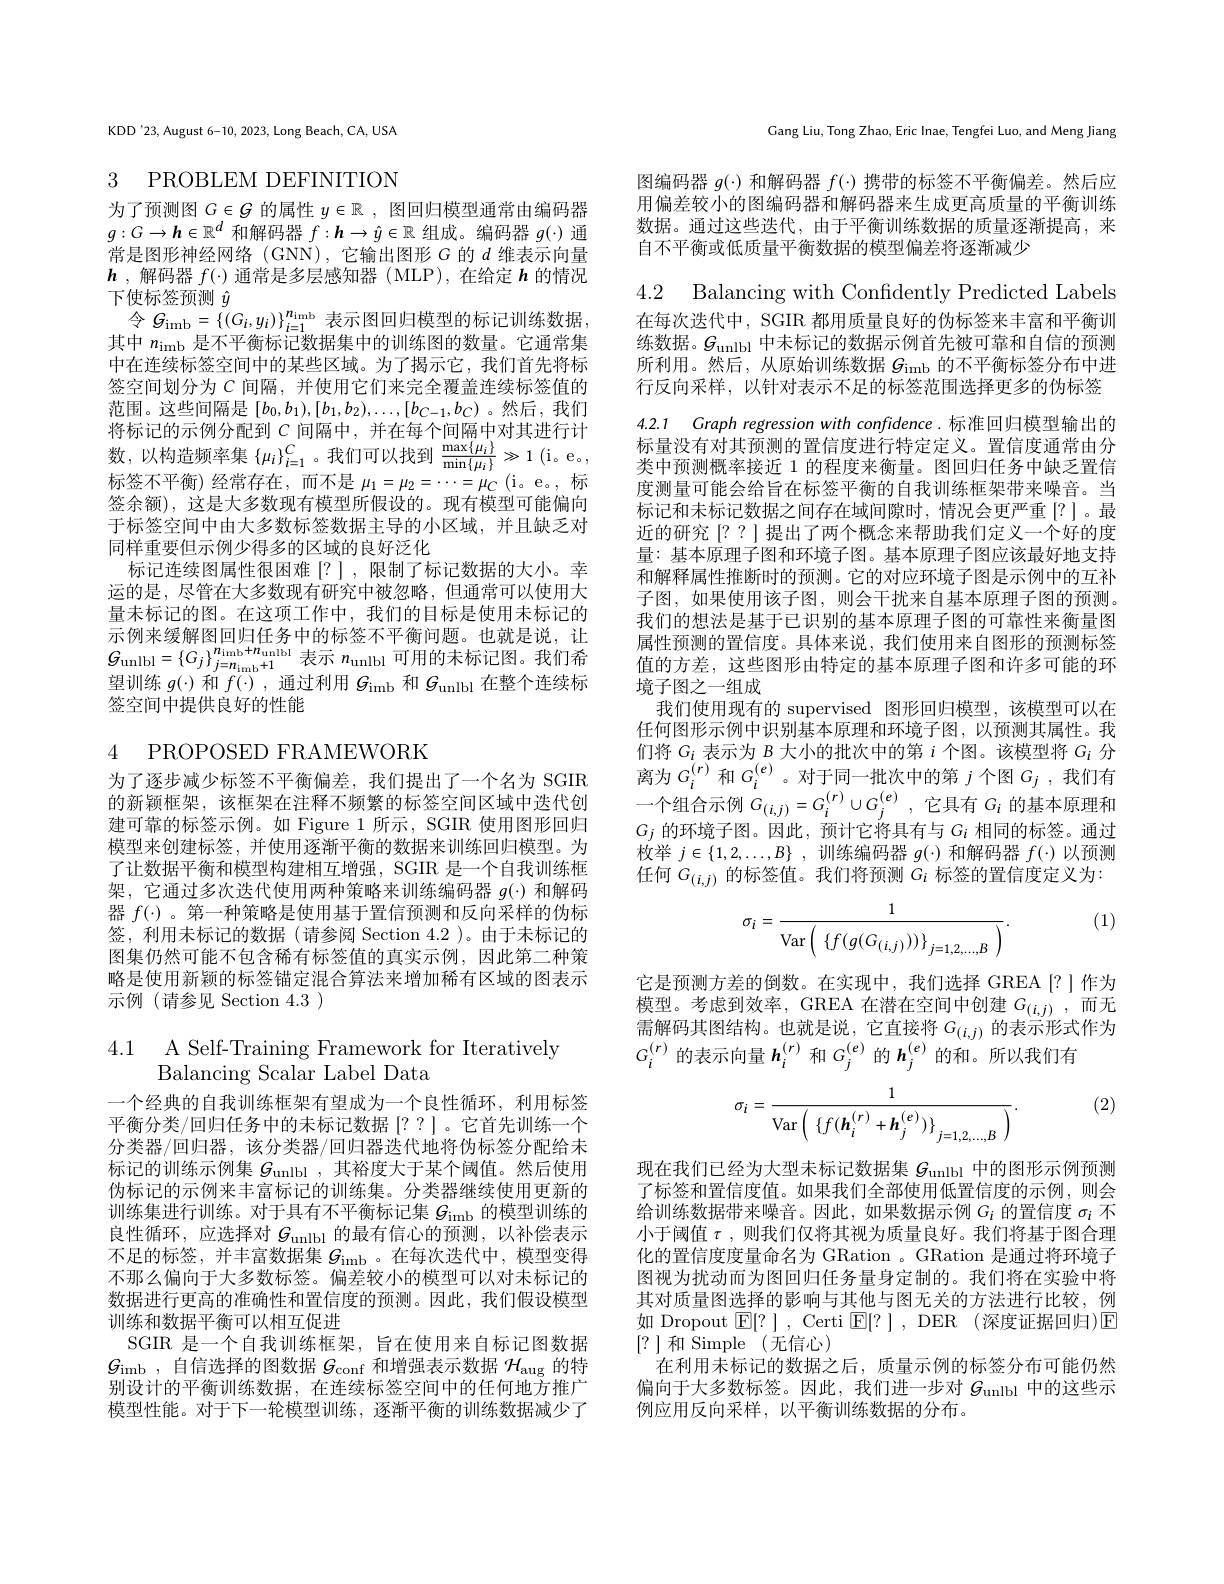
KDD'23, August 6-10, 2023, Long Beach, CA, USA

# 3 PROBLEM DEFINITION

为了预测图$G\in\mathcal{G}$的属性$y\in\mathbb{R}$ , 图回归模型通常由编码器$g:G\to\boldsymbol{h}\in\mathbb{R}^d$和解码器$f:\boldsymbol{h}\to\hat{y}\in\mathbb{R}$组成。编码器$g(\cdot)$通常是图形神经网络 (GNN),它输出图形$G$的$d$维表示向量$\boldsymbol{h}$ ,解码器$f(\cdot)$通常是多层感知器 (MLP),在给定$\boldsymbol{h}$的情况下使标签预测$\hat{y}$
$令$ $G_{\mathrm{imb}}= \{ ( G_{i}, y_{i}) \} _{i= 1}^{n_{\mathrm{imb}}}$表示图回归模型的标记训练数据， 其中$n_\mathrm{imb}$是不平衡标记数据集中的训练图的数量。它通常集中在连续标签空间中的某些区域。为了揭示它，我们首先将标签空间划分为$C$ 间隔，并使用它们来完全覆盖连续标签值的范围。这些间隔是$[b_0,b_1),[b_1,b_2),\ldots,[b_{C-1},b_C)$ 。然后，我们将 标 记 的 示 例 分 配 到 $C$ 间 隔 中 , 并 在 每 个 间 隔 中 对 其 进 行 计 数 , 以 构 造 频 率 集 $\{ \mu _{i}\} _{i= 1}^{C}$。我 们 可 以 找 到 $\frac {\max \{ \mu _{i}\} }{\min \{ \mu _{i}\} }\gg 1$ ( i。$e_{\circ }$, 标 答 不 平 衡 ) 经 党 左 在 而 不 是 $u_{1}= u_{0}= \ldots = u_{0}$ ( i- $e_{0}$) 标签不平衡) 经常存在，而不是$\mu_1=\mu_2=\cdots=\mu_C$ (i。e。,标签余额), 这是大多数现有模型所假设的。现有模型可能偏向于标签空间中由大多数标签数据主导的小区域，并且缺乏对同样重要但示例少得多的区域的良好泛化
标记连续图属性很困难[?],限制了标记数据的大小。幸运的是，尽管在大多数现有研究中被忽略，但通常可以使用大量未标记的图。在这项工作中，我们的目标是使用未标记的示例来缓解图回归任务中的标签不平衡问题。也就是说，让$\mathcal{G} _{\mathrm{unlbl}}= \left \{ G_{j}\right \} _{j= n_{\mathrm{imb}}+ 1}^{n_{\mathrm{imb}}+ n_{\mathrm{unlbl}}}$表 示 $n_{\mathrm{unlbl}}$可 用 的 未 标 记 图 。我 们 希 $\mathcal{G} _{\mathrm{unlbl}}= \left \{ G_{j}\right \} _{j= n_{\mathrm{imb}}+ 1}$ 表 示 $n_{\mathrm{unlbl}}$ 可 用 的 未 标 记 图 。我 们 希 $\mathcal{G} _{\mathrm{unll}}( t- )$ Tur $c( - )$ Tur $c( - )$ Vur +1 $c$ +1 0 Tu -1 $c$ $c$ +1望训练$g(\cdot)$和$f(\cdot)$,通过利用$G_\mathrm{imb}$和$G_\mathrm{unlbl}$在整个连续标签空间中提供良好的性能

4 PROPOSED FRAMEWORK

为了逐步减少标签不平衡偏差，我们提出了一个名为 SGIR 的新颖框架，该框架在注释不频繁的标签空间区域中迭代创建可靠的标签示例。如 Figure 1 所示，SGIR 使用图形回归模型来创建标签，并使用逐渐平衡的数据来训练回归模型。为了让数据平衡和模型构建相互增强，SGIR 是一个自我训练框架，它通过多次迭代使用两种策略来训练编码器$g(\cdot)$和解码器$f(\cdot)$ 。第一种策略是使用基于置信预测和反向采样的伪标签，利用未标记的数据(请参阅 Section 4.2 )。由于未标记的图集仍然可能不包含稀有标签值的真实示例，因此第二种策略是使用新颖的标签锚定混合算法来增加稀有区域的图表示示例(请参见 Section 4.3)

4.1 A Self-Training Framework for Iteratively
Balancing Scalar Label Data

一个经典的自我训练框架有望成为一个良性循环，利用标签平衡分类/回归任务中的未标记数据[??]。它首先训练一个分类器/回归器，该分类器/回归器迭代地将伪标签分配给未标记的训练示例集$G_\mathrm{unlbl}$,其裕度大于某个阈值。然后使用伪标记的示例来丰富标记的训练集。分类器继续使用更新的训练集进行训练。对于具有不平衡标记集$G_\mathrm{imb}$的模型训练的良性循环，应选择对$G_\mathrm{unlbl}$的最有信心的预测，以补偿表示不足的标签，并丰富数据集$G_\mathrm{imb}$ 。在每次迭代中，模型变得不那么偏向于大多数标签。偏差较小的模型可以对未标记的数据进行更高的准确性和置信度的预测。因此，我们假设模型训练和数据平衡可以相互促进
SGIR 是一个自我训练框架，旨在使用来自标记图数据$G_{\mathrm{imb}}$ ,自信选择的图数据$G_\mathrm{conf}$和增强表示数据$\mathcal{H}_\mathrm{aug}$的特别设计的平衡训练数据，在连续标签空间中的任何地方推广模型性能。对于下一轮模型训练，逐渐平衡的训练数据减少了

Gang Liu, Tong Zhao, Eric Inae, Tengfei Luo, and Meng Jiang

图编码器$g(\cdot)$和解码器$f(\cdot)$携带的标签不平衡偏差。然后应用偏差较小的图编码器和解码器来生成更高质量的平衡训练数据。通过这些迭代，由于平衡训练数据的质量逐渐提高，来自不平衡或低质量平衡数据的模型偏差将逐渐减少

4.2 Balancing with Confidently Predicted Labels

在每次迭代中，SGIR 都用质量良好的伪标签来丰富和平衡训练数据。$\mathcal{G}_\mathrm{unlbl}$中未标记的数据示例首先被可靠和自信的预测所利用。然后，从原始训练数据$g_\mathrm{imb}$的不平衡标签分布中进行反向采样，以针对表示不足的标签范围选择更多的伪标签

4.2.1 Graph regression with confidence. 标准回归模型输出的

标量没有对其预测的置信度进行特定定义。置信度通常由分类中预测概率接近 1 的程度来衡量。图回归任务中缺乏置信度测量可能会给旨在标签平衡的自我训练框架带来噪音。当标记和未标记数据之间存在域间隙时，情况会更严重[?]。最近的研究[??]提出了两个概念来帮助我们定义一个好的度量：基本原理子图和环境子图。基本原理子图应该最好地支持和解释属性推断时的预测。它的对应环境子图是示例中的互补子图，如果使用该子图，则会干扰来自基本原理子图的预测。我们的想法是基于已识别的基本原理子图的可靠性来衡量图属性预测的置信度。具体来说，我们使用来自图形的预测标签值的方差，这些图形由特定的基本原理子图和许多可能的环境子图之一组成
我们使用现有的 supervised 图形回归模型，该模型可以在任何图形示例中识别基本原理和环境子图，以预测其属性。我们 将 $G_{i}$ 表 示 为 $B$ 大 小 的 批 次 中 的 第 $i$ 个 图 。该 模 型 将 $G_{i}$ 分 离 为 $G_{i}^{( r) }$ 和 $G_{i}^{( e) }$。对 于 同 一 批 次 中 的 第 $j$ 个 图 $G_{j}$ , 我 们 有一个组合示例$\overset {^{\prime }}{\operatorname* { G} }_{( i, j) }= G_{i}^{( r) }\cup G_{j}^{( e) }$ ,它具有$G_i$的基本原理和$G_j$的环境子图。因此，预计它将具有与$G_i$相同的标签。通过枚举$j\in \{ 1, 2, \ldots , B\}$ ,训练编码器$g(\cdot)$和解码器$f(\cdot)$以预测任何$G_{(i,j)}$的标签值。我们将预测$G_i$标签的置信度定义为：

(1)
$$\sigma_i=\frac{1}{\mathrm{Var}\left(\begin{array}{c}\{f(g(G_{(i,j)}))\}_{j=1,2,...,B}\end{array}\right)}.$$
它是预测方差的倒数。在实现中，我们选择 GREA[?]作为模型。考虑到效率，GREA 在潜在空间中创建 $G_{(i,j)}$,而无需解码其图结构。也就是说，它直接将$G_{(i,j)}$的表示形式作为$G_i^{(r)}$的表示向量$h_i^{(r)}$和$G_j^{(e)}$的$h_j^{(e)}$的和。所以我们有

(2)
$$\sigma_{i}=\frac{1}{\mathrm{Var}\left(\begin{array}{c}\{f(\boldsymbol{h}_{i}^{(r)}+\boldsymbol{h}_{j}^{(e)})\}\\\end{array}j=1,2,...,B\:\right)}.$$
现在我们已经为大型未标记数据集$G_\mathrm{unlbl}$中的图形示例预测了标签和置信度值。如果我们全部使用低置信度的示例，则会给训练数据带来噪音。因此，如果数据示例$G_i$的置信度$\sigma_i$不小于阈值$\tau$,则我们仅将其视为质量良好。我们将基于图合理化的置信度度量命名为 GRation 。GRation 是通过将环境子图视为扰动而为图回归任务量身定制的。我们将在实验中将其对质量图选择的影响与其他与图无关的方法进行比较，例如 Dropout $\boxed{\mathrm{F}}[?]$, Certi $\boxed{\mathrm{E}}[?]$, DER (深度证据回归)E [?]和 Simple(无信心)
在利用未标记的数据之后，质量示例的标签分布可能仍然偏向于大多数标签。因此，我们进一步对$G_\mathrm{unlbl}$中的这些示例应用反向采样，以平衡训练数据的分布。